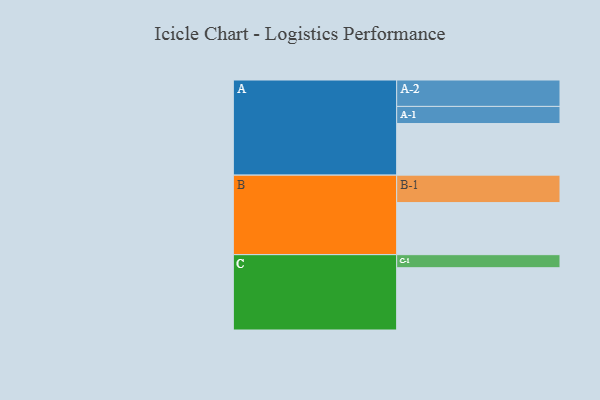
{"axis": {"x": "Segment", "y": "Value"}, "legend": ["", "A", "B", "C"], "data": [{"x": "A", "y": 344, "type": ""}, {"x": "B", "y": 347, "type": ""}, {"x": "C", "y": 415, "type": ""}, {"x": "A-1", "y": 114, "type": "A"}, {"x": "A-2", "y": 176, "type": "A"}, {"x": "B-1", "y": 183, "type": "B"}, {"x": "C-1", "y": 87, "type": "C"}]}